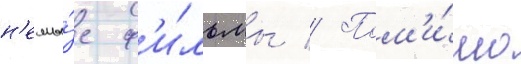
н'емы́е ф'и́льмы // Пом'и́мо